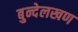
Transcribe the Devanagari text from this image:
बुन्देलखण